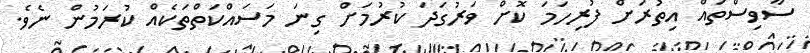
ސާވިސްތައް އިތުރަށް ފުރިހަމަ ކޮށް ވަރުގަދަ ކުރުމަށް ގިނަ މަސައްކަތްތަކެއް ކުރަމުން ނެވެ.